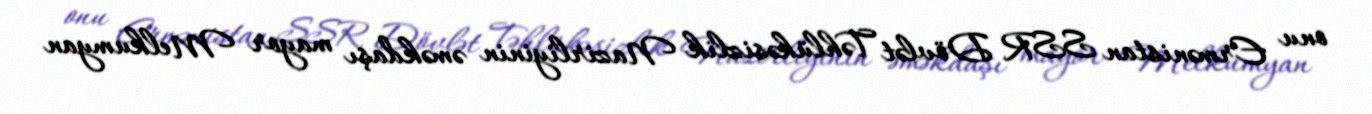
onu Ermənistan SSR Dövlət Təhlükəsizlik Nazirliyinin əməkdaşı mayor Melkumyan